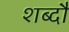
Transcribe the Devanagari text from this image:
शब्दौ